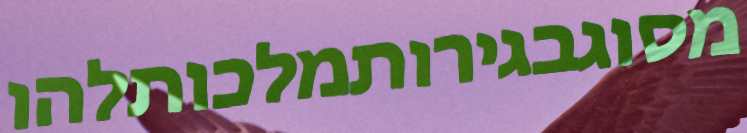
מסוגבגירותמלכותלהו